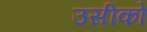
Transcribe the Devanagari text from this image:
उसीको